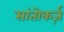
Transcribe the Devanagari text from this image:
सांतोकर्ज़